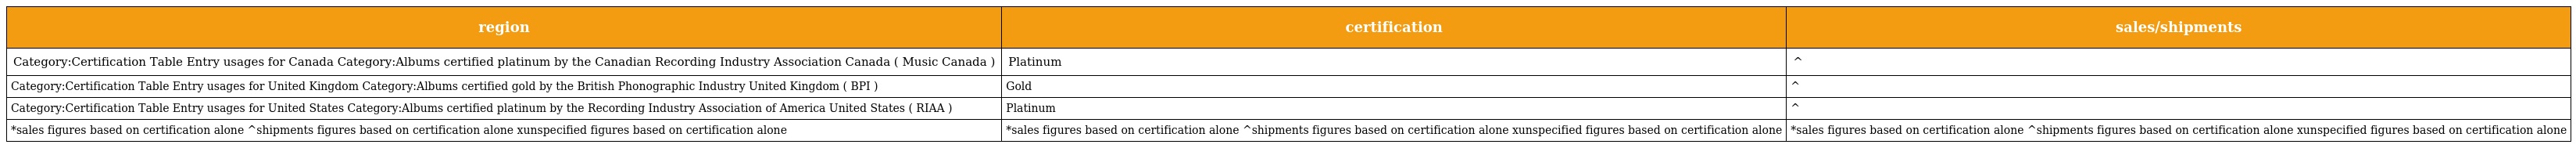
| region | certification | sales/shipments |
 | --- | --- | --- |
 | Category:Certification Table Entry usages for Canada Category:Albums certified platinum by the Canadian Recording Industry Association Canada ( Music Canada ) | Platinum | ^ |
 | Category:Certification Table Entry usages for United Kingdom Category:Albums certified gold by the British Phonographic Industry United Kingdom ( BPI ) | Gold | ^ |
 | Category:Certification Table Entry usages for United States Category:Albums certified platinum by the Recording Industry Association of America United States ( RIAA ) | Platinum | ^ |
 | *sales figures based on certification alone ^shipments figures based on certification alone xunspecified figures based on certification alone | *sales figures based on certification alone ^shipments figures based on certification alone xunspecified figures based on certification alone | *sales figures based on certification alone ^shipments figures based on certification alone xunspecified figures based on certification alone |